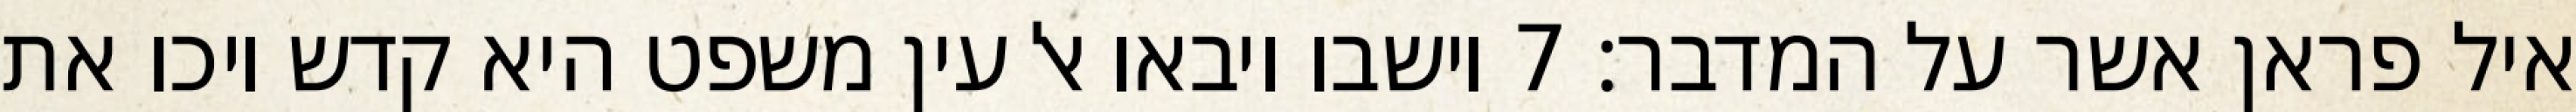
איל פראן אשר על המדבר׃ ‎7‏ וישבו ויבאו אל עין משפט היא קדש ויכו את